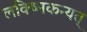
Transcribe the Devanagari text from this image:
लक्ष्मिकन्यत्